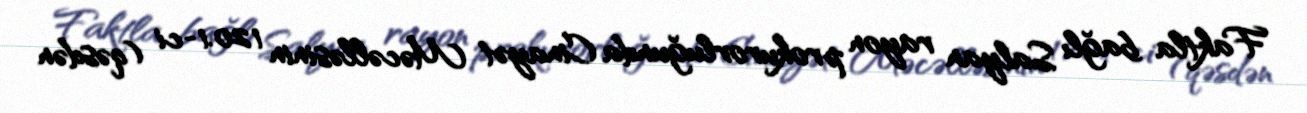
Faktla bağlı Salyan rayon prokurorluğunda Cinayət Məcəlləsinin 120.1-ci (qəsdən